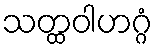
သတ္ထဝါဟဂ္ဂံ